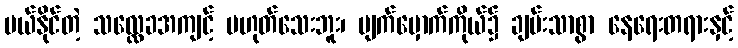
ပယ်နိုင်တဲ့ သလ္လေခအကျင့် မဟုတ်သေးဘူး၊ မျက်မှောက်ကိုယ်၌ ချမ်းသာစွာ နေရေးတရားနှင့်